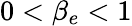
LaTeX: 0<\beta_{e}<1